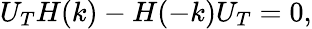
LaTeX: {U_{T}H(k)-H(-k)U_{T}=0,}